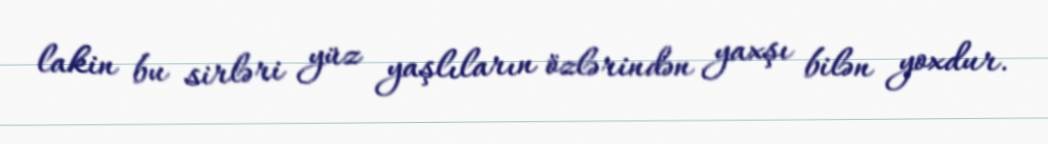
lakin bu sirləri yüz yaşlıların özlərindən yaxşı bilən yoxdur.